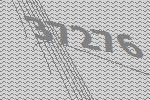
37276